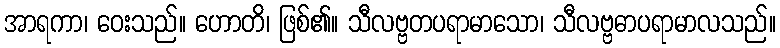
အာရကာ၊ ဝေးသည်။ ဟောတိ၊ ဖြစ်၏။ သီလဗ္ဗတပရာမာသော၊ သီလဗ္ဗဓာပရာမာလသည်။